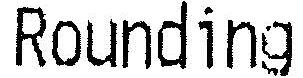
ROUNDING